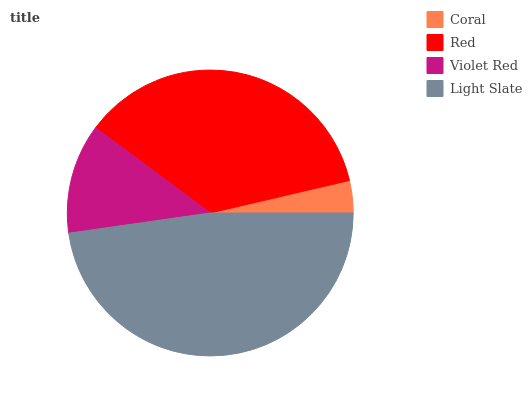
| Coral | Red | Violet Red | Light Slate |
 | --- | --- | --- | --- |
 | 3.65% | 36.1% | 12.4% | 47.8% |